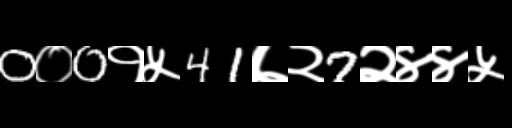
Text: 0०0१५41७२7२४४५